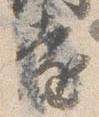
遠